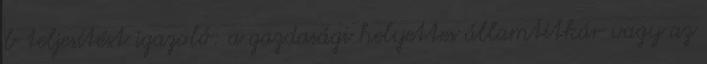
b teljesítést igazoló: a gazdasági helyettes államtitkár vagy az